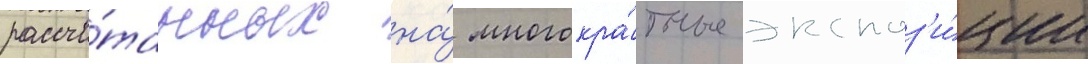
рассчи́танных на́ многокра́тные экспоз'и́ции